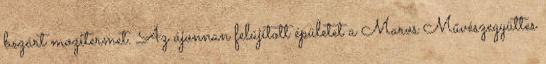
bezárt mozitermet. Az újonnan felújított épületet a Maros Művészegyüttes